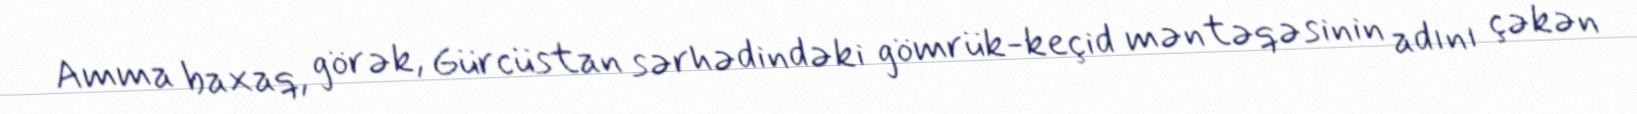
Amma baxaq, görək, Gürcüstan sərhədindəki gömrük-keçid məntəqəsinin adını çəkən